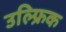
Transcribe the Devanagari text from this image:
उल्फ्रिक